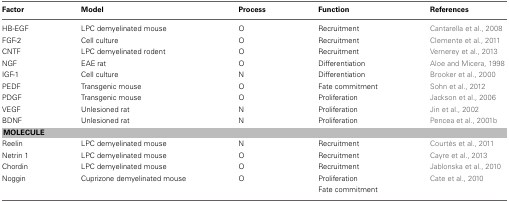
<table><thead><tr><td><b>Factor</b></td><td><b>Model</b></td><td><b>Process</b></td><td><b>Function</b></td><td><b>References</b></td></tr></thead><tbody><tr><td>HB-EGF</td><td>LPC demyelinated mouse</td><td>O</td><td>Recruitment</td><td>Cantarella et al., 2008</td></tr><tr><td>FGF-2</td><td>Cell culture</td><td>O</td><td>Recruitment</td><td>Clemente et al., 2011</td></tr><tr><td>CNTF</td><td>LPC demyelinated rodent</td><td>O</td><td>Recruitment</td><td>Vernerey et al., 2013</td></tr><tr><td>NGF</td><td>EAE rat</td><td>O</td><td>Differentiation</td><td>Aloe and Micera, 1998</td></tr><tr><td>IGF-1</td><td>Cell culture</td><td>N</td><td>Differentiation</td><td>Brooker et al., 2000</td></tr><tr><td>PEDF</td><td>Transgenic mouse</td><td>O</td><td>Fate commitment</td><td>Sohn et al., 2012</td></tr><tr><td>PDGF</td><td>Transgenic mouse</td><td>O</td><td>Proliferation</td><td>Jackson et al., 2006</td></tr><tr><td>VEGF</td><td>Unlesioned rat</td><td>N</td><td>Proliferation</td><td>Jin et al., 2002</td></tr><tr><td>BDNF</td><td>Unlesioned rat</td><td>N</td><td>Proliferation</td><td>Pencea et al., 2001b</td></tr><tr><td colspan="5"><b>MOLECULE</b></td></tr><tr><td>Reelin</td><td>LPC demyelinated mouse</td><td>N</td><td>Recruitment</td><td>Courtès et al., 2011</td></tr><tr><td>Netrin 1</td><td>LPC demyelinated mouse</td><td>O</td><td>Recruitment</td><td>Cayre et al., 2013</td></tr><tr><td>Chordin</td><td>LPC demyelinated mouse</td><td>O</td><td>Recruitment</td><td>Jablonska et al., 2010</td></tr><tr><td>Noggin</td><td>Cuprizone demyelinated mouse</td><td>O</td><td>Proliferation</td><td>Cate et al., 2010</td></tr><tr><td></td><td></td><td></td><td>Fate commitment</td><td></td></tr></tbody></table>